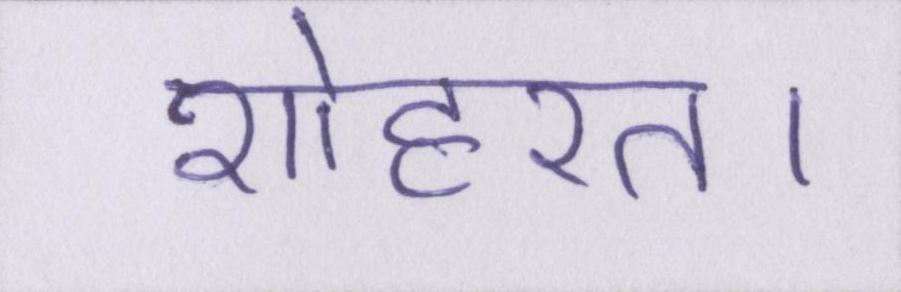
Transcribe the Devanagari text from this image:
शोहरत।